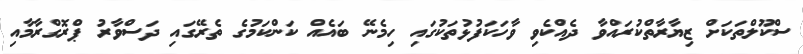
ސްކޫލްތަކަށް ޒިޔާރާތްކުރައްވާ ދެއްކެވި ވާހަކަފުޅުތަކުގައި ހިމެނޭ ބައެއް ކަންކަމުގެ ތެރޭގައި ދަސްވާރު ޕްރޮގްރާމާއި